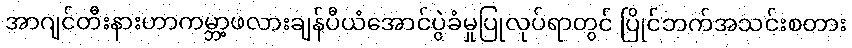
အာဂျင်တီးနားဟာကမ္ဘာ့ဖလားချန်ပီယံအောင်ပွဲခံမှုပြုလုပ်ရာတွင် ပြိုင်ဘက်အသင်းစတား